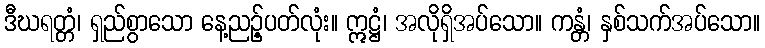
ဒီဃရတ္တံ၊ ရှည်စွာသော နေ့ညဉ့်ပတ်လုံး။ ဣဋ္ဌံ၊ အလိုရှိအပ်သော။ ကန္တံ၊ နှစ်သက်အပ်သော။